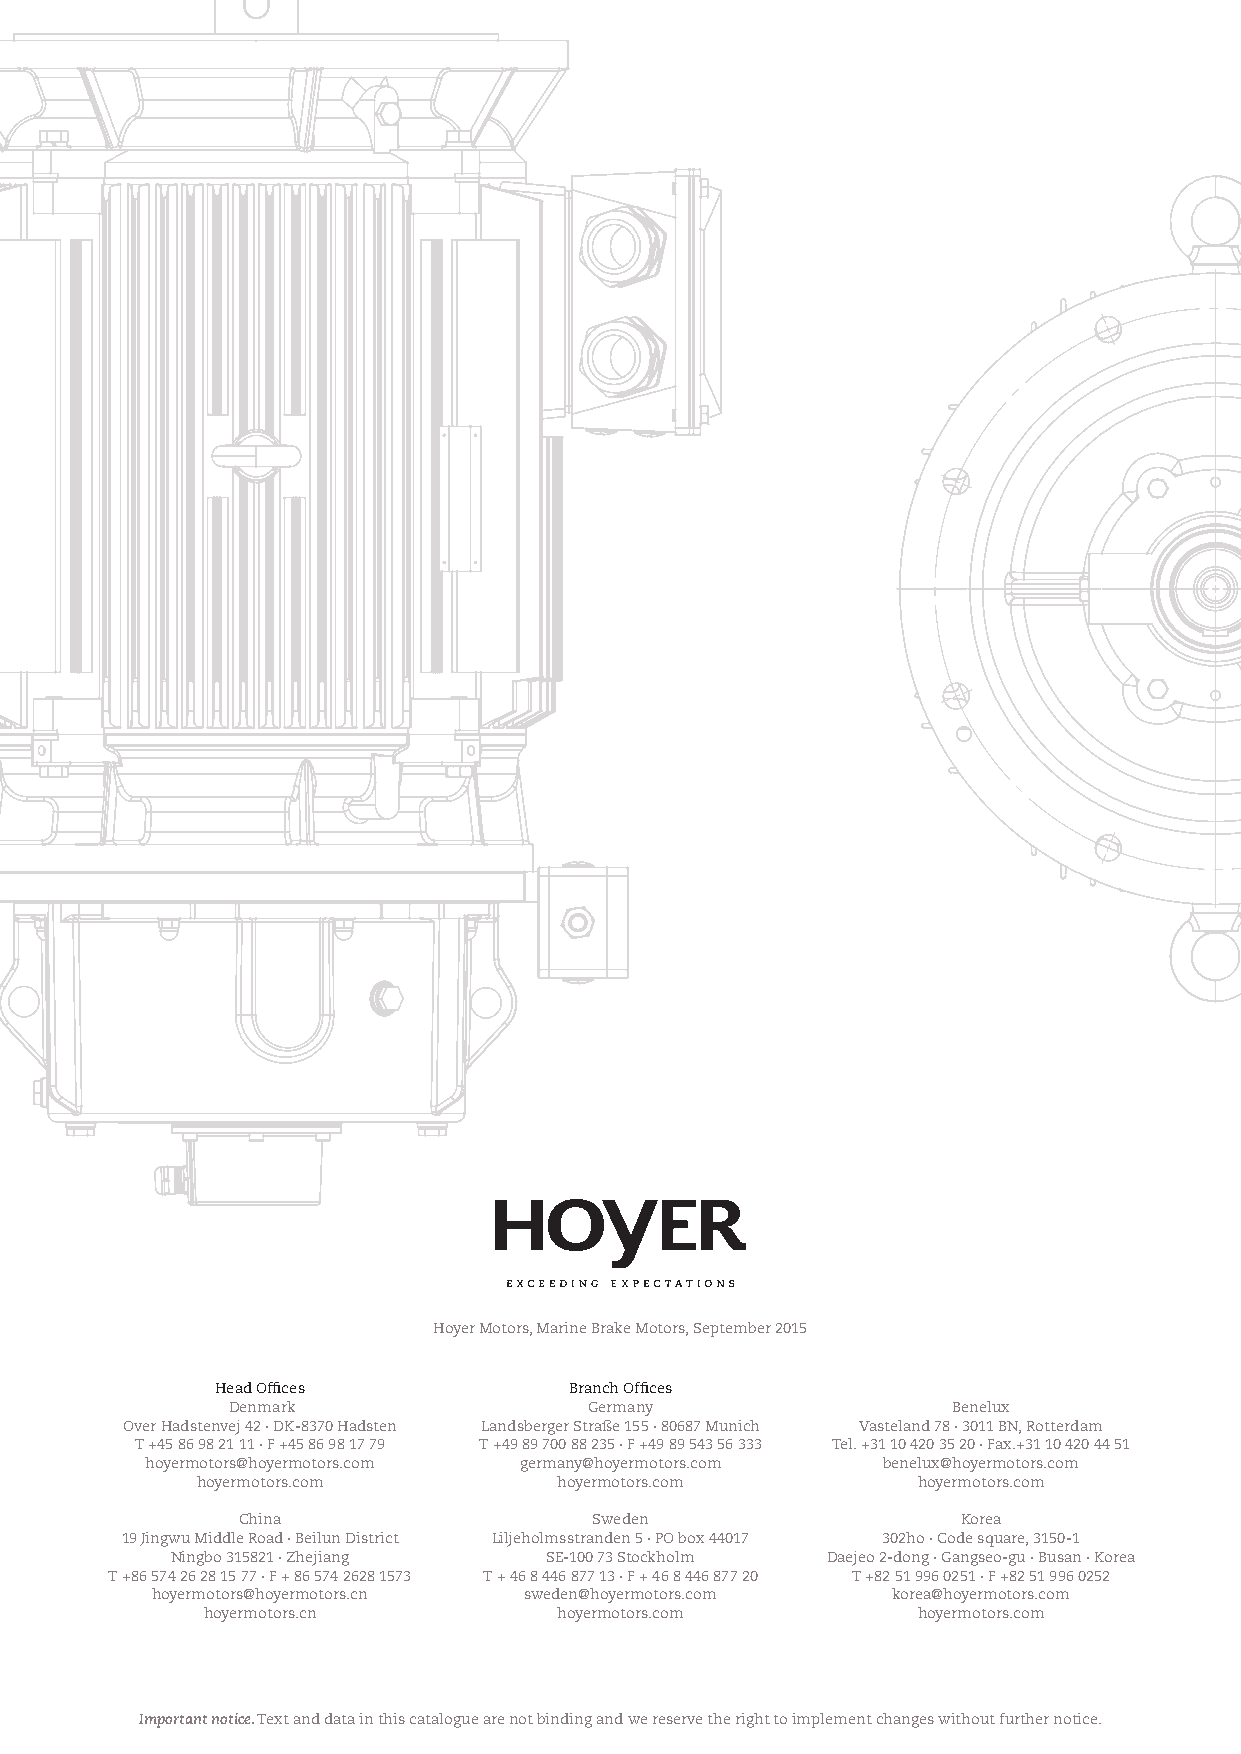
Hoyer Motors, Marine Brake Motors, September 2015
 Head Offices            Branch Offices
 Denmark                 Germany                 Benelux
 Over Hadstenvej 42 · DK-8370 Hadsten Landsberger Straße 155 · 80687 Munich Vasteland 78 · 3011 BN, Rotterdam
 T +45 86 98 21 11 · F +45 86 98 17 79 T +49 89 700 88 235 · F +49 89 543 56 333 Tel. +31 10 420 35 20 · Fax.+31 10 420 44 51
 hoyermotors@hoyermotors.com germany@hoyermotors.com benelux@hoyermotors.com
 hoyermotors.com         hoyermotors.com         hoyermotors.com
 China                  Sweden                   Korea
 19 Jingwu Middle Road · Beilun District Liljeholmsstranden 5 · PO box 44017 302ho · Code square, 3150-1
 Ningbo 315821 · Zhejiang SE-100 73 Stockholm Daejeo 2-dong · Gangseo-gu · Busan · Korea
 T +86 574 26 28 15 77 · F + 86 574 2628 1573 T + 46 8 446 877 13 · F + 46 8 446 877 20 T +82 51 996 0251 · F +82 51 996 0252
 hoyermotors@hoyermotors.cn sweden@hoyermotors.com korea@hoyermotors.com
 hoyermotors.cn          hoyermotors.com         hoyermotors.com
 Important notice. Text and data in this catalogue are not binding and we reserve the right to implement changes without further notice.